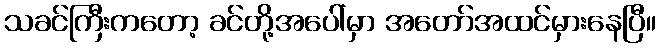
သခင်ကြီးကတော့ ခင်တို့အပေါ်မှာ အတော်အထင်မှားနေပြီ။